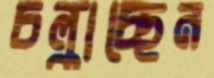
চল্‌কাচ্ছেন